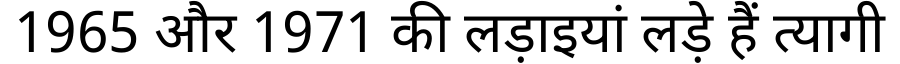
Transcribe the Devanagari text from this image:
1965 और 1971 की लड़ाइयां लड़े हैं त्यागी